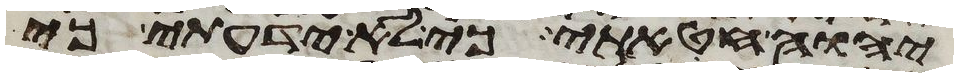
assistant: יהוה חטאתי כי לא ידעתי כי